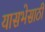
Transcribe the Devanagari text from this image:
यासभेसाठी